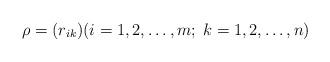
LaTeX: \begin{align*}\rho=(r_{ik})(i=1,2,\ldots,m;\; k=1,2,\ldots,n)\end{align*}